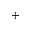
+